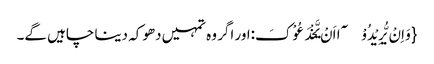
{وَ اِنْ یُّرِیْدُوْۤا اَنْ یَّخْدَعُوْکَ:اور اگر وہ تمہیں دھوکہ دینا چاہیں گے۔